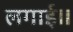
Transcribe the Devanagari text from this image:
लगाई।।